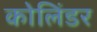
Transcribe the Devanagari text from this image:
कोलिंडर